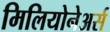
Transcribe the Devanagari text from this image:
मिलियोनेअर्स